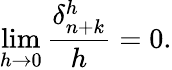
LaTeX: \operatorname*{lim}_{h\to 0}{\frac{\delta_{n+k}^{h}}{h}}=0.